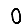
Digit: 0